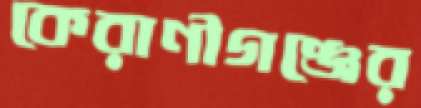
কেরাণীগঞ্জের